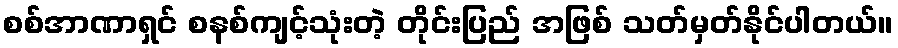
စစ်အာဏာရှင် စနစ်ကျင့်သုံးတဲ့ တိုင်းပြည် အဖြစ် သတ်မှတ်နိုင်ပါတယ်။